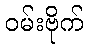
ဝမ်းဗိုက်